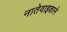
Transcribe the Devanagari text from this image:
नातेवाइकाने